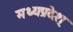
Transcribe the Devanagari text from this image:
मध्यप्रदेश्